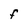
Character: F